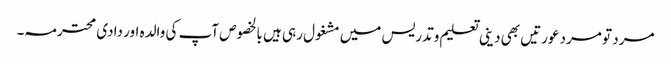
مرد تو مرد عورتیں بھی دینی تعلیم وتدریس میں مشغول رہی ہیں بالخصوص آپ کی والدہ اور دادی محترمہ۔